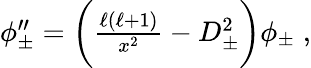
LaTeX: \begin{array}{r}{\phi_{\pm}^{\prime\prime}=\bigg(\frac{\ell(\ell+1)}{x^{2}}-D_{\pm}^{2}\bigg)\phi_{\pm}\; ,}\end{array}